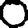
Digit: 0